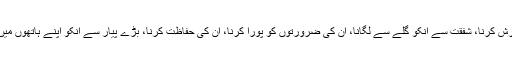
اس لفظ کے پیچھے جس خیال کا اظہار کیا گیا ہے وہ ہے اپنے بچوں کی دیکھ ریکھ کرنا، انکی پرورش کرنا، شفقت سے انکو گلے سے لگانا، ان کی ضرورتوں کو پورا کرنا، ان کی حفاظت کرنا، بڑے پیار سے انکو اپنے ہاتھوں میں لینا یہ جانتے ہوئے کہ ان میں سے ہر ایک خدا کے ہاتھوں سے دیا ہؤا ایک بے مثل انعام بطور ہے۔